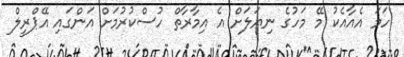
ހަމަ އެއާއެކު މޭ މަހުގެ ނިޔަލަށް އެ އިމާރާތް ހުސްކުރުމަށް އަންގައި އޭޕްރީލް